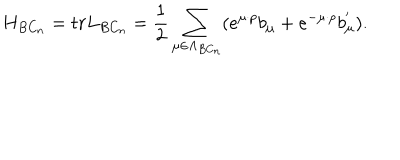
LaTeX: H _ { B C _ { n } } = t r L _ { B C _ { n } } = \frac { 1 } { 2 } \sum _ { \mu \in \Lambda _ { B C _ { n } } } ( e ^ { \mu \cdot p } b _ { \mu } + e ^ { - \mu \cdot p } b _ { \mu } ^ { ^ { \prime } } ) .